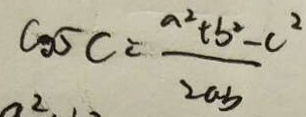
\cos C = \frac { a ^ { 2 } + b ^ { 2 } - c ^ { 2 } } { 2 a b }